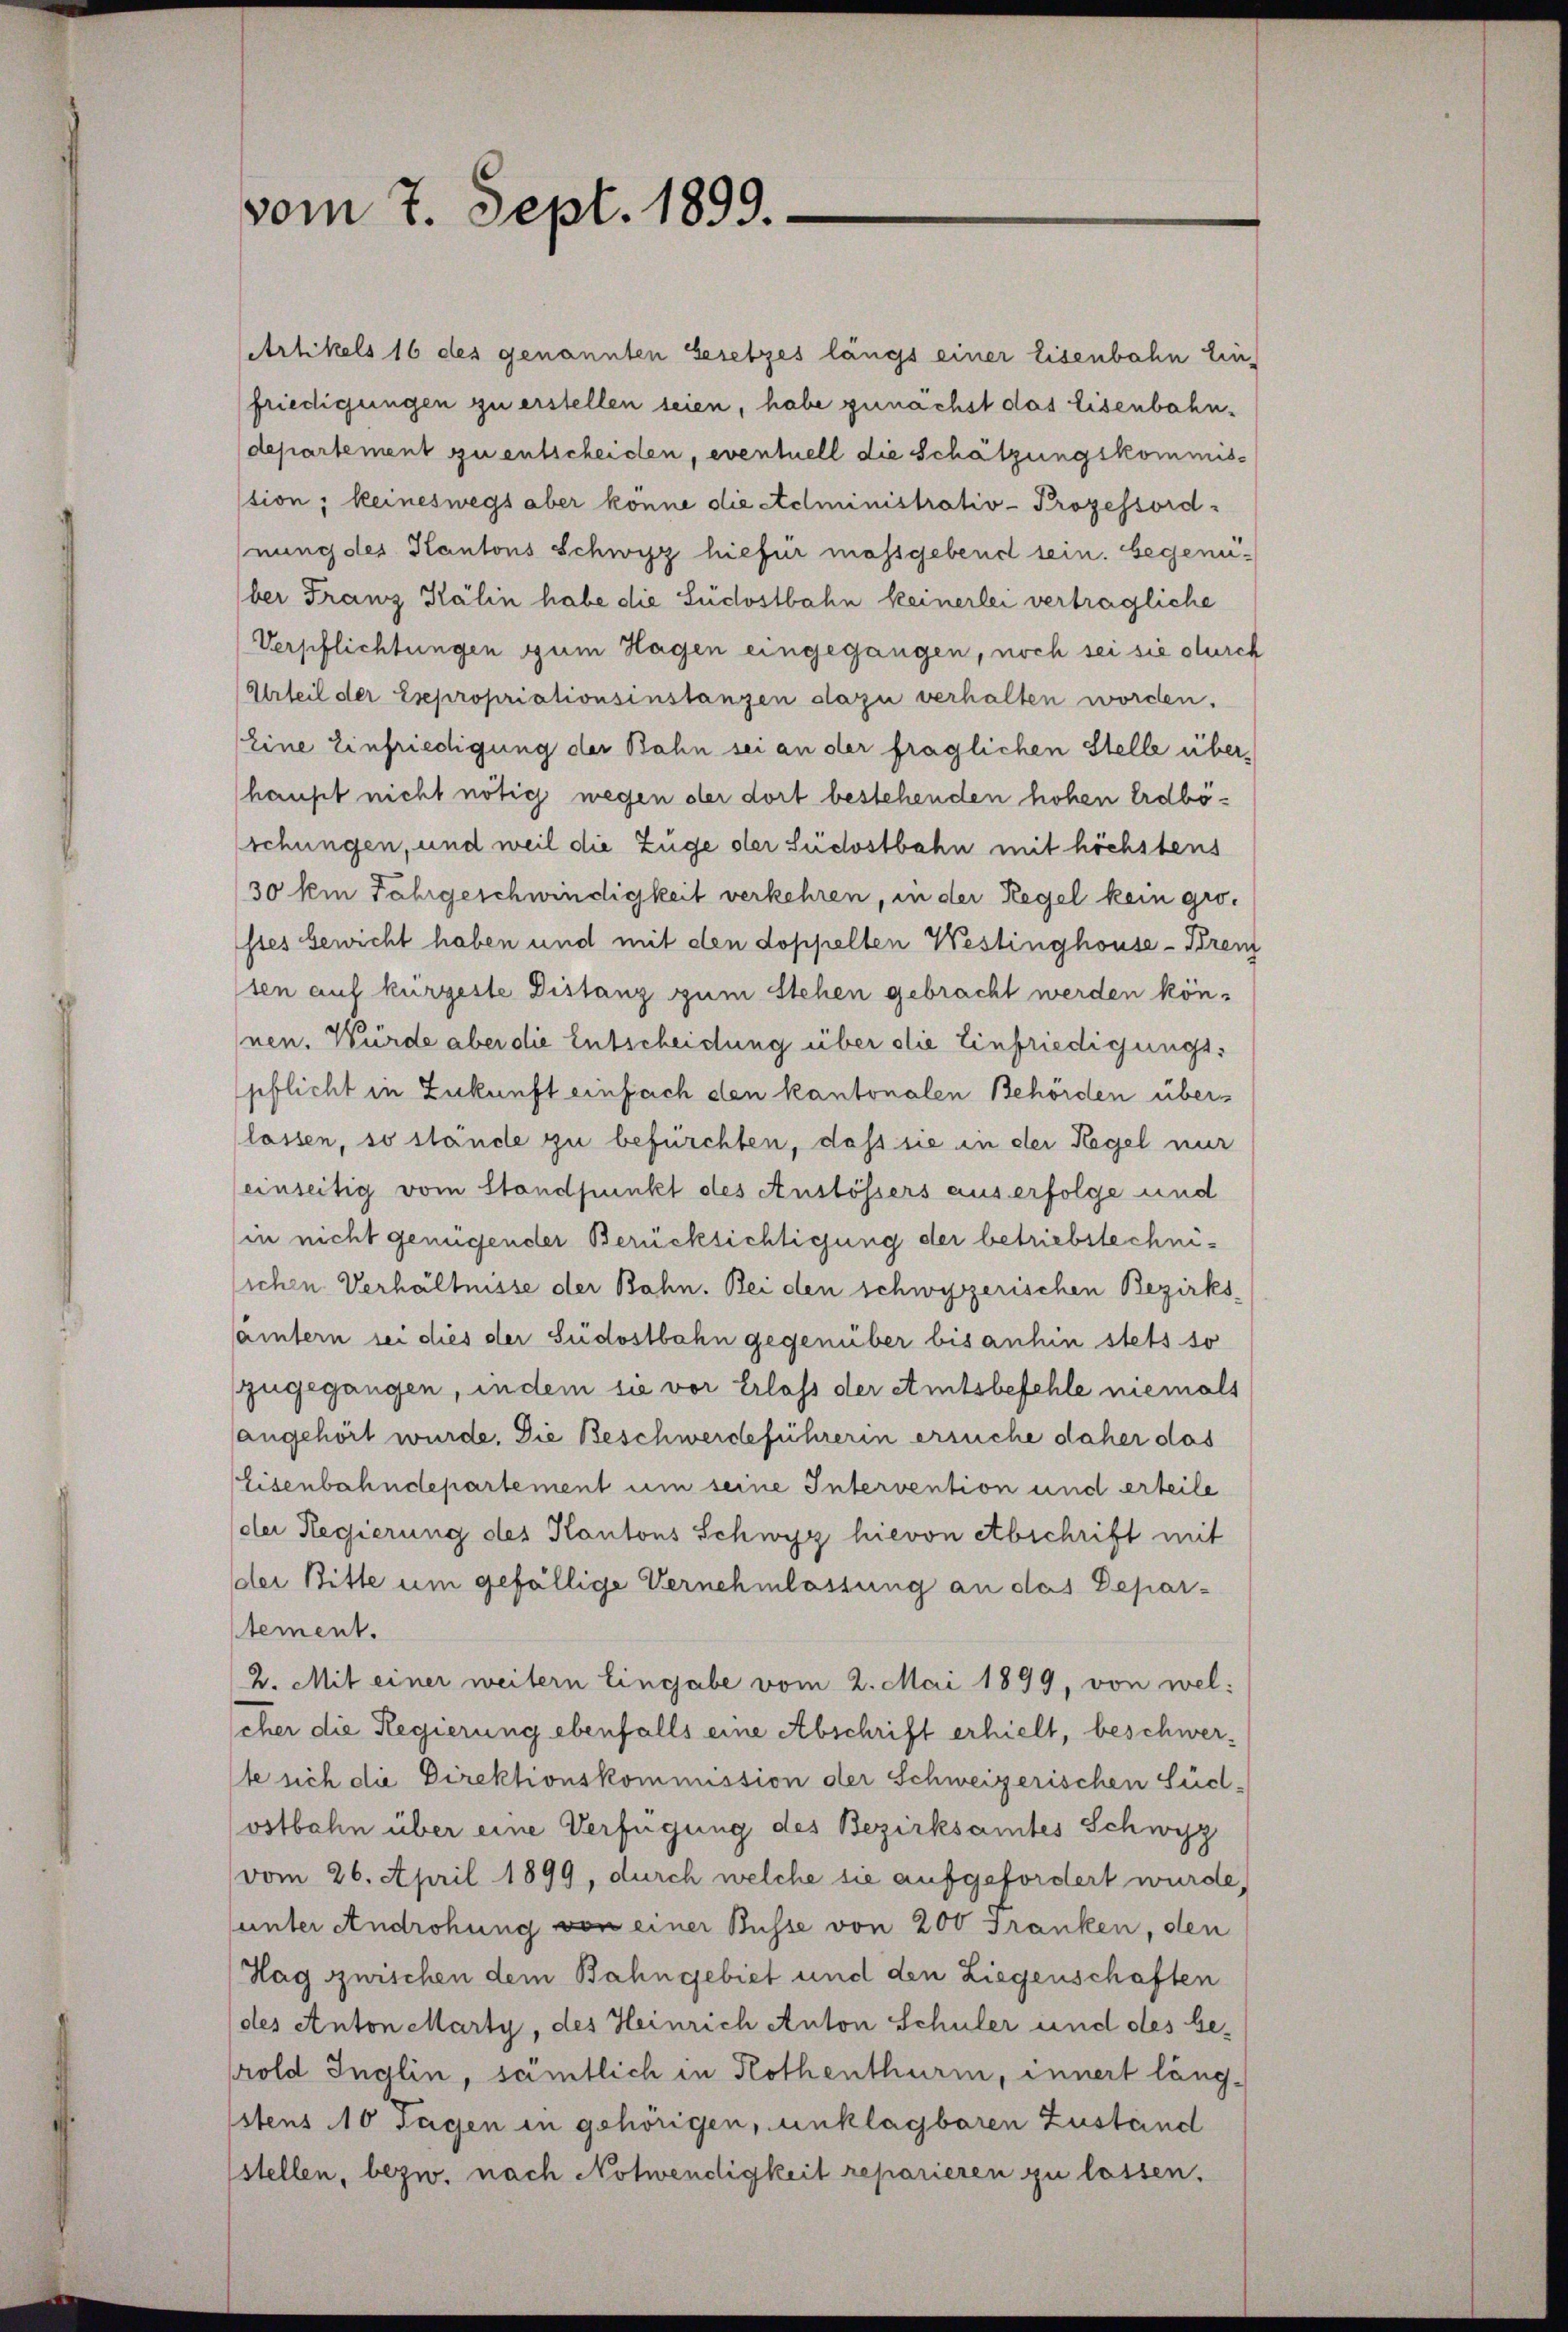
vom 7. Sept. 1899.

Artikels 16 des genannten Gesetzes längs einer Eisenbahn Ein-
friedigungen zu erstellen seien, habe zunächst das Eisenbahndepartement zu entscheiden, eventuell die Schätzungskommistion; keineswegs aber könne die Administrativ-Prozessord-
nung des Kantons Schwyz hiefür massgebend sein. begenüber Franz Kälin habe die Südostbahn keinerlei verträgliche
Verpflichtungen zum Hagen eingegangen, noch sei sie durch
Urteil der Esepropriationsinstanzen dazu verhalten worden.
Eine Einfriedigung der Bahn sei an der fraglichen Stelle über,
haupt nicht nötig wegen der dort bestehenden hohen Erdböschungen, und weil die Züge der Südostbahn mit höchstens
30 km Fahrgeschwindigkeit verkehren, in der Regel kein grostes bewicht haben und mit den doppelten Westinghouse-Bren
ten auf kürzeste Distanz zum Stehen gebracht werden können. Würde aber die Entscheidung über die Einfriedigungspflicht in Zukunft einfach den kantonalen Behörden überlassen, so stände zu befürchten, daß sie in der Regel nur
einseitig vom Standpunkt des Anstössers aus erfolge und
(in nicht genügender Berücksichtigung der betriebstechnisichen Verhältnisse der Bahn. Bei den schwyzerischen Bezirks-
samtern sei dies der Südostbahn gegenüber bis anhin stets so
zugegangen, indem sie vor Erlass der Amtsbefehle niemals
angehört wurde. Die Beschwerdeführerin ersuche daher das
Eisenbahndepartement um seine Intervention und erteile
der Regierung des Kantons Schwyz hievon Abschrift mit
der Bitte um gefällige Vernehmlassung an das Depar-
stement.
2. Mit einer weitern Eingabe vom 2. Mai 1899, von welscher die Regierung ebenfalls eine Abschrift erhielt, beschwerte sich die Direktionskommission der Schweizerischen Süd-
ostbahn über eine Verfügung des Bezirksamtes Schwyz
vom 26. April 1899, durch welche sie aufgefordert wurde,
unter Androhung von einer Busse von 200 Franken, den
Hag zwischen dem Bahngebiet und den Liegenschaften
(des Anton Marty, des Heinrich Anton Schuler und des berold Inglin, sämtlich in Rothenthurm, innert längstens 10 sagen in gehörigen, unklagbaren Zuständ
stellen, bezw. nach Notwendigkeit reparieren zu lassen.